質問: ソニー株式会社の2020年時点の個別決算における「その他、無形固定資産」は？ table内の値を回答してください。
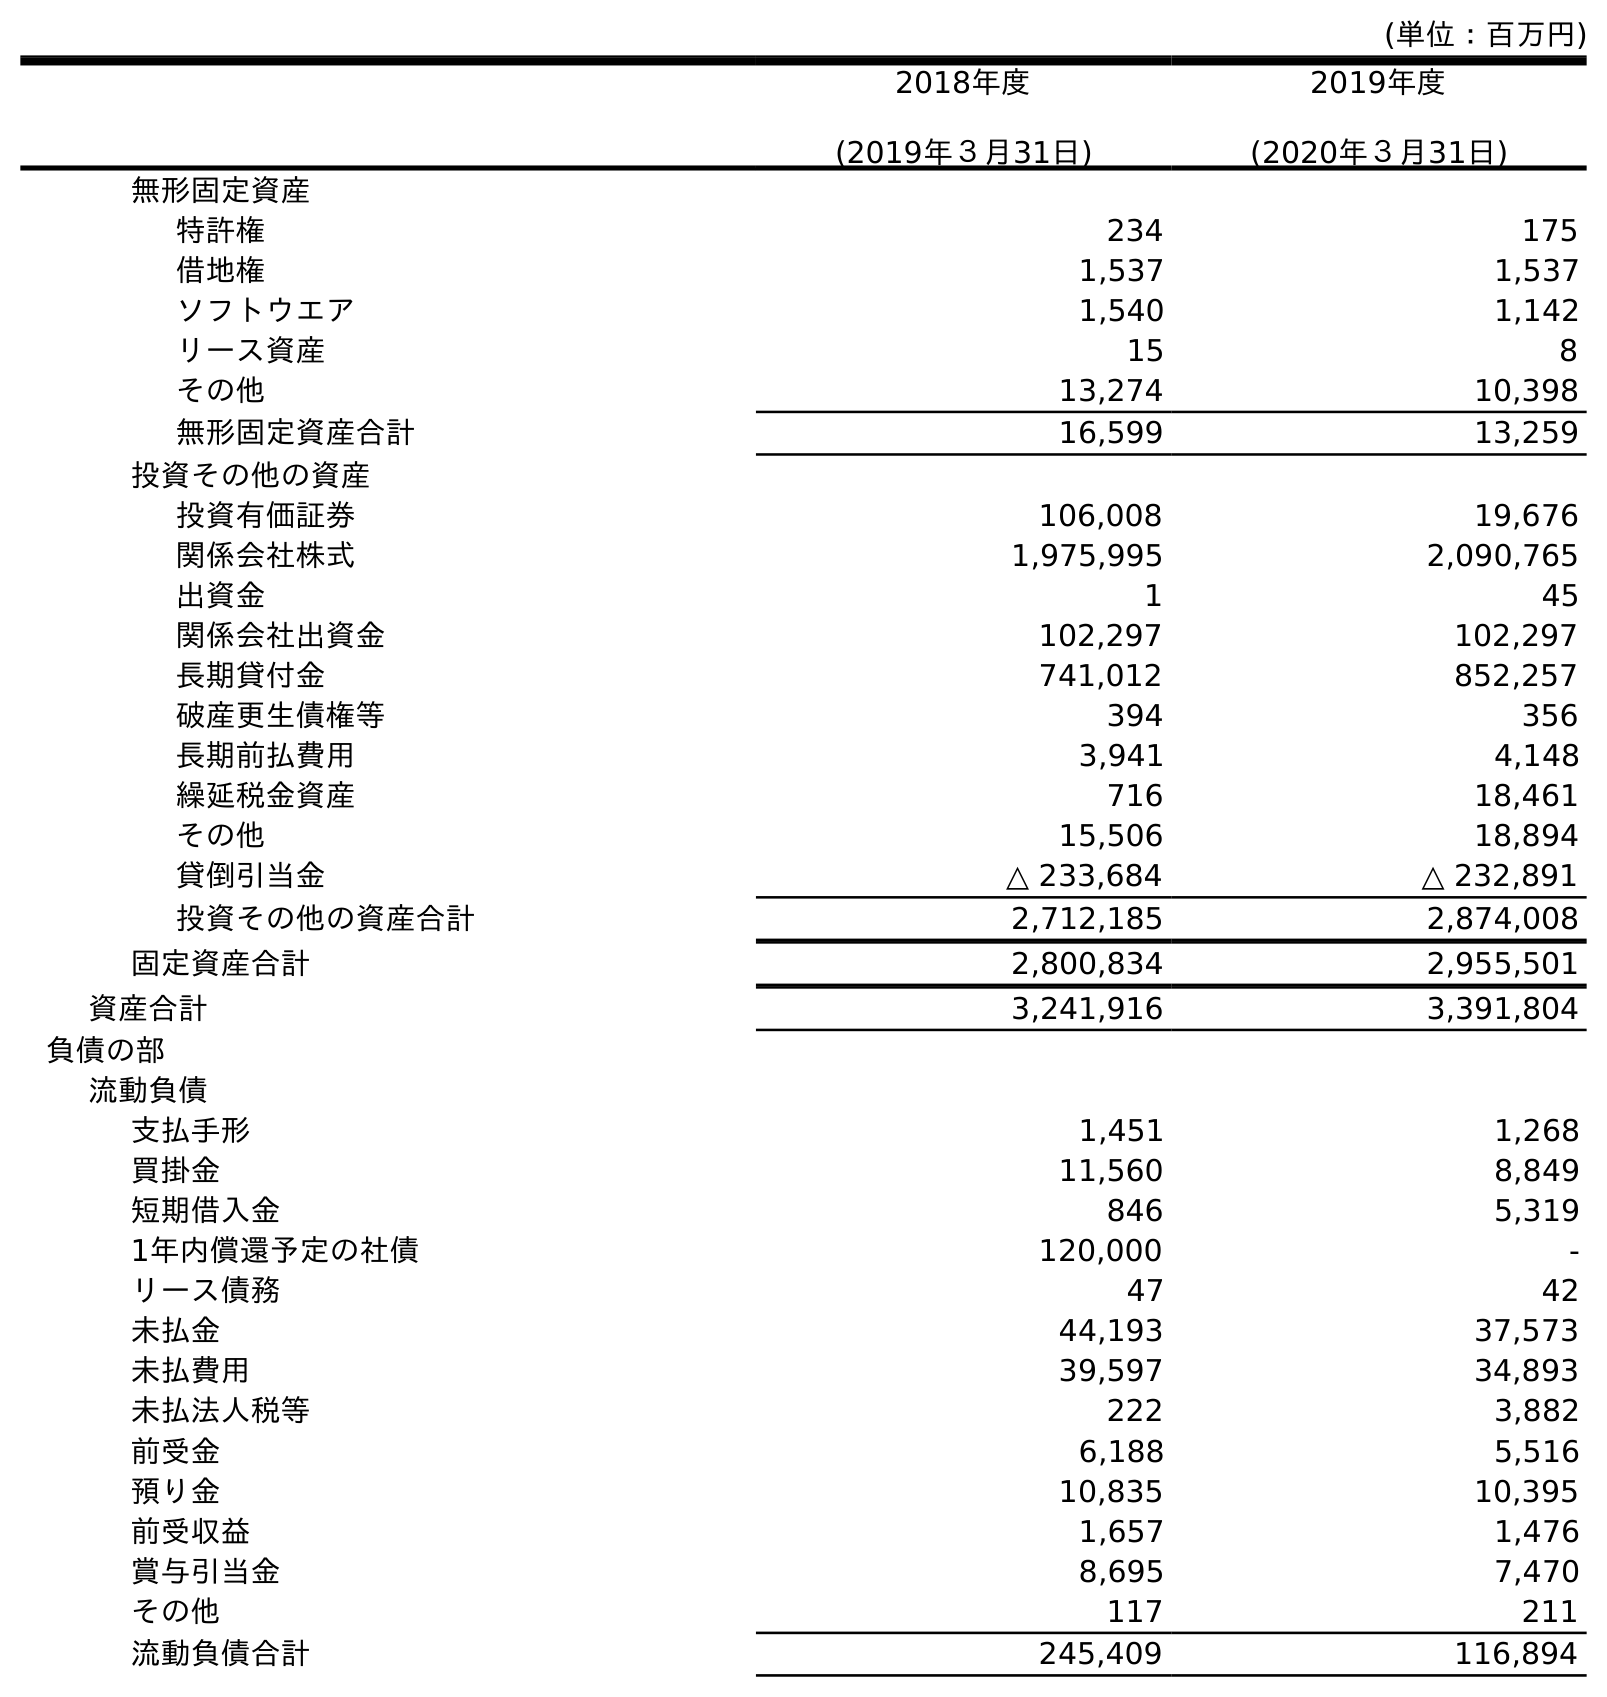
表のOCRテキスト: (単位：百万円) 2018年度 (2019年３月31日) 2019年度 (2020年３月31日) 無形固定資産 特許権 234 175 借地権 1,537 1,537 ソフトウエア 1,540 1,142 リース資産 15 8 その他 13,274 10,398 無形固定資産合計 16,599 13,259 投資その他の資産 投資有価証券 106,008 19,676 関係会社株式 1,975,995 2,090,765 出資金 1 45 関係会社出資金 102,297 102,297 長期貸付金 741,012 852,257 破産更生債権等 394 356 長期前払費用 3,941 4,148 繰延税金資産 716 18,461 その他 15,506 18,894 貸倒引当金 △ 233,684 △ 232,891 投資その他の資産合計 2,712,185 2,874,008 固定資産合計 2,800,834 2,955,501 資産合計 3,241,916 3,391,804 負債の部 流動負債 支払手形 1,451 1,268 買掛金 11,560 8,849 短期借入金 846 5,319 1年内償還予定の社債 120,000 - リース債務 47 42 未払金 44,193 37,573 未払費用 39,597 34,893 未払法人税等 222 3,882 前受金 6,188 5,516 預り金 10,835 10,395 前受収益 1,657 1,476 賞与引当金 8,695 7,470 その他 117 211 流動負債合計 245,409 116,894
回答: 10,398